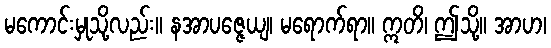
မကောင်းမှုသို့လည်း။ နအာပဇ္ဇေယျ၊ မရောက်ရာ။ ဣတိ၊ ဤသို့။ အာဟ၊